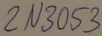
Text: 2N3053